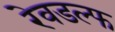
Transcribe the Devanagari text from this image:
रेवडल्फ